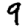
Digit: 9